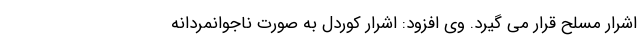
اشرار مسلح قرار می گیرد. وی افزود: اشرار کوردل به صورت ناجوانمردانه